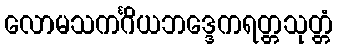
လောမသကင်္ဂိယဘဒ္ဒေကရတ္တသုတ္တံ